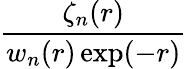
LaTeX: \frac{\zeta_{n}(r)}{w_{n}(r)\exp(-r)}